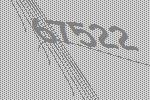
67522